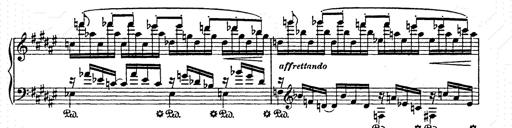
Title: AnnÃ©es de pÃ¨lerinage II
Composer: Franz Liszt